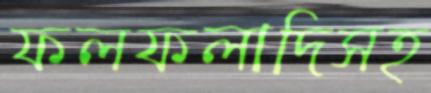
ফলফলাদিসহ